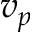
v _ { p }